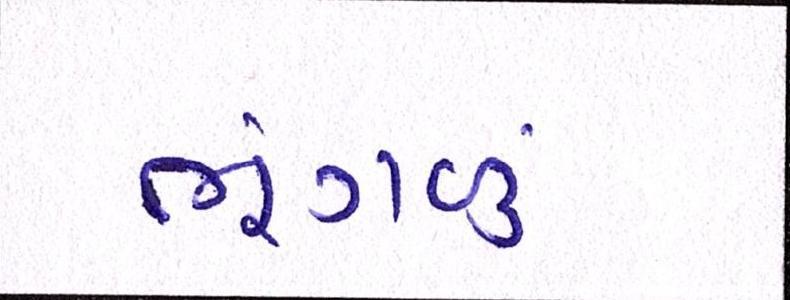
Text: ભૂંગળું